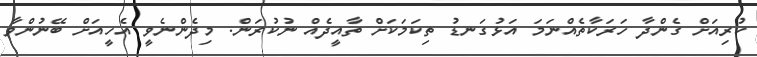
ކުރިއަށް ގެންދާ ހަރަކާތެއްނަމަ އަޅުގަނޑު ތިކަމަކަށް ތާއީދެއް ނުކުރަން. މިދެންނެވީ އެހީއަށް ބޭނުންވާ